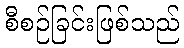
စီစဉ်ခြင်းဖြစ်သည်